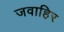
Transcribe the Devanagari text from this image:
जवाहिर